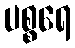
ပစ္စရေ